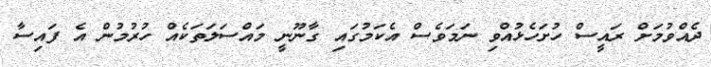
ދެއްވުމަށް ރައީސް ހުށަހެޅުއްވި ނަމަވެސް އެކަމުގައި ގާނޫނީ މައްސަލަތަކެއް ހުރުމުން އެ ފައިސާ